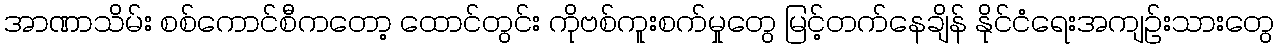
အာဏာသိမ်း စစ်ကောင်စီကတော့ ထောင်တွင်း ကိုဗစ်ကူးစက်မှုတွေ မြင့်တက်နေချိန် နိုင်ငံရေးအကျဉ်းသားတွေ